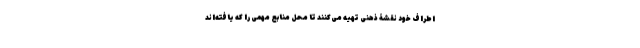
اطراف خود نقشۀ ذهنی تهیه می‌کنند تا محل منابع مهمی را که یافته‌اند